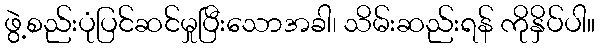
ဖွဲ့စည်းပုံပြင်ဆင်မှုပြီးသောအခါ၊ သိမ်းဆည်းရန် ကိုနှိပ်ပါ။